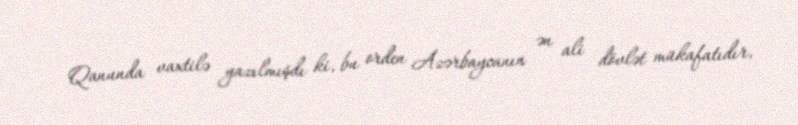
Qanunda vaxtilə yazılmışdı ki, bu orden Azərbaycanın ən ali dövlət mükafatıdır,